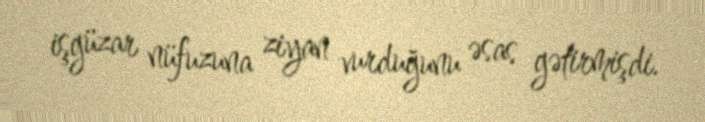
işgüzar nüfuzuna ziyan vurduğunu əsas gətirmişdi.